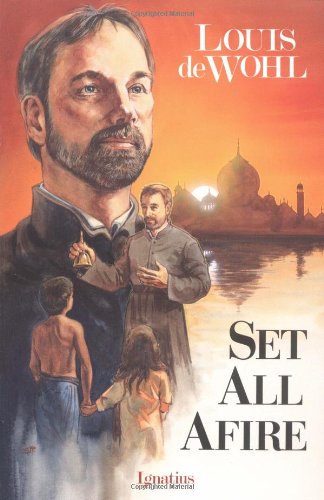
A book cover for Set All Afire; Louis de Wohl; Religion & Spirituality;